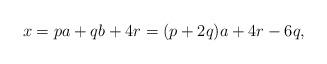
LaTeX: \begin{align*}x & = p a + q b + 4 r = (p + 2q) a + 4r-6q,\end{align*}